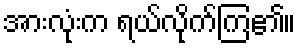
အားလုံးက ရယ်လိုက်ကြ၏။